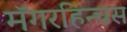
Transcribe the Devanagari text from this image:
मॅगरहिन्चस